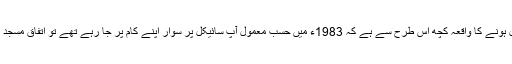
تحریک منہاج القرآن میں شامل ہونے کا واقعہ کچھ اس طرح سے ہے کہ 1983ء میں حسبِ معمول آپ سائیکل پر سوار اپنے کام پر جا رہے تھے تو اتفاق مسجد کے قریب سے ان کا گزر ہوا۔